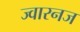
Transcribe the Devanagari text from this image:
ज्वारनज